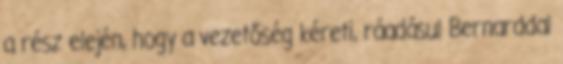
a rész elején, hogy a vezetőség kéreti, ráadásul Bernarddal